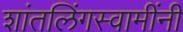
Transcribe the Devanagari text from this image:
शांतलिंगस्वामींनी